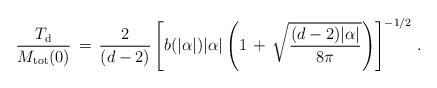
LaTeX: \begin{align*}\frac{T_{\rm d}}{M_{\rm tot}(0)}\,=\,\frac{2}{(d-2)}\left[b(|\alpha|)|\alpha|\left(1\,+\,\sqrt{\frac{(d-2)|\alpha|}{8\pi}}\right)\right]^{-1/2}\,{.}\end{align*}